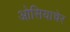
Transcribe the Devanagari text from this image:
ओसियाचेर